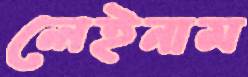
লেইনাম